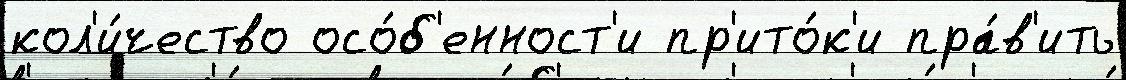
кол'и́чество осо́б'енност'и пр'ито́к'и пра́в'ить